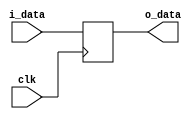
`timescale 1ns / 1ps

module ADR(i_data, clk, o_data);
    input clk;
    input [31:0] i_data;
    output reg[31:0] o_data;
    always @(posedge clk) begin
        o_data = i_data;
    end
endmodule